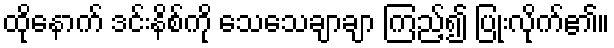
ထိုနောက် ဒင်းနိစ်ကို သေသေချာချာ ကြည့်၍ ပြုံးလိုက်၏။